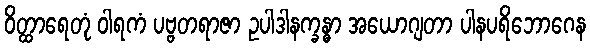
ဝိတ္ထာရေတုံ ဝါရကံ ပဗ္ဗတရာဇာ ဥပါဒါနက္ခန္ဓာ အယောဂျတာ ပါနပရိဘောဂေန